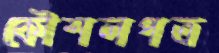
কৌশলপত্র